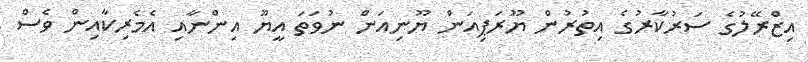
އިޒްރޭލުގެ ސަރުކާރުގެ އިތުރުން ޔޫރަޕިއަން ޔޫނިއަން ނުވަތަ އީޔޫ އިންނާއި އެމެރިކާއިން ވެސް